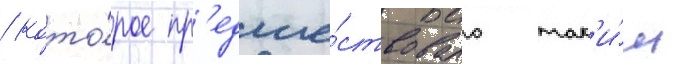
/ кото́рое пр'едше́ствовало так'и́м